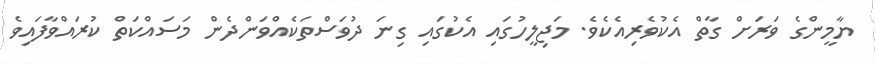
ޔާމީންގެ ވަރަށް ގާތް އެކުވެރިއެކެވެ. މަޖިލީހުގައި އެކުގައި ގިނަ ދުވަސްތަކެއްވަންދެން މަސައްކަތް ކުރައްވާފައިވެ